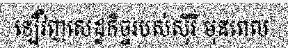
ឡើវិញសេដ្ឋកិច្ចរបស់ស៊ីរី មុនពេល